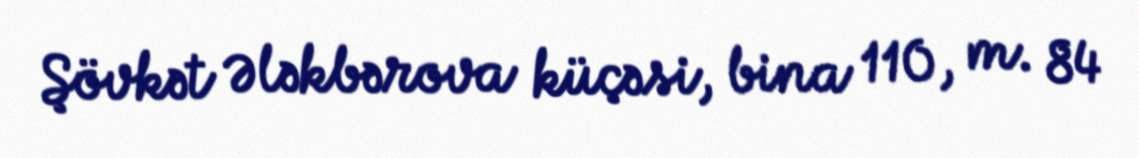
Şövkət Ələkbərova küçəsi, bina 110, m. 84